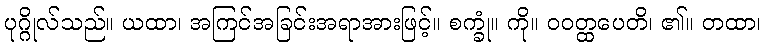
ပုဂ္ဂိုလ်သည်။ ယထာ၊ အကြင်အခြင်းအရာအားဖြင့်။ စက္ခုံ။ ကို။ ဝဝတ္ထပေတိ၊ ၏။ တထာ၊